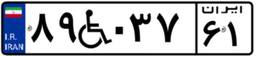
۸۹W۰۳۷۶۱